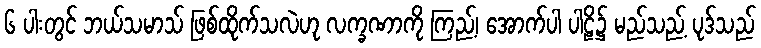
၆ ပါးတွင် ဘယ်သမာသ် ဖြစ်ထိုက်သလဲဟု လက္ခဏာကို ကြည့်၊ အောက်ပါ ပါဠိ၌ မည်သည့် ပုဒ်သည်